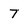
Character: 7